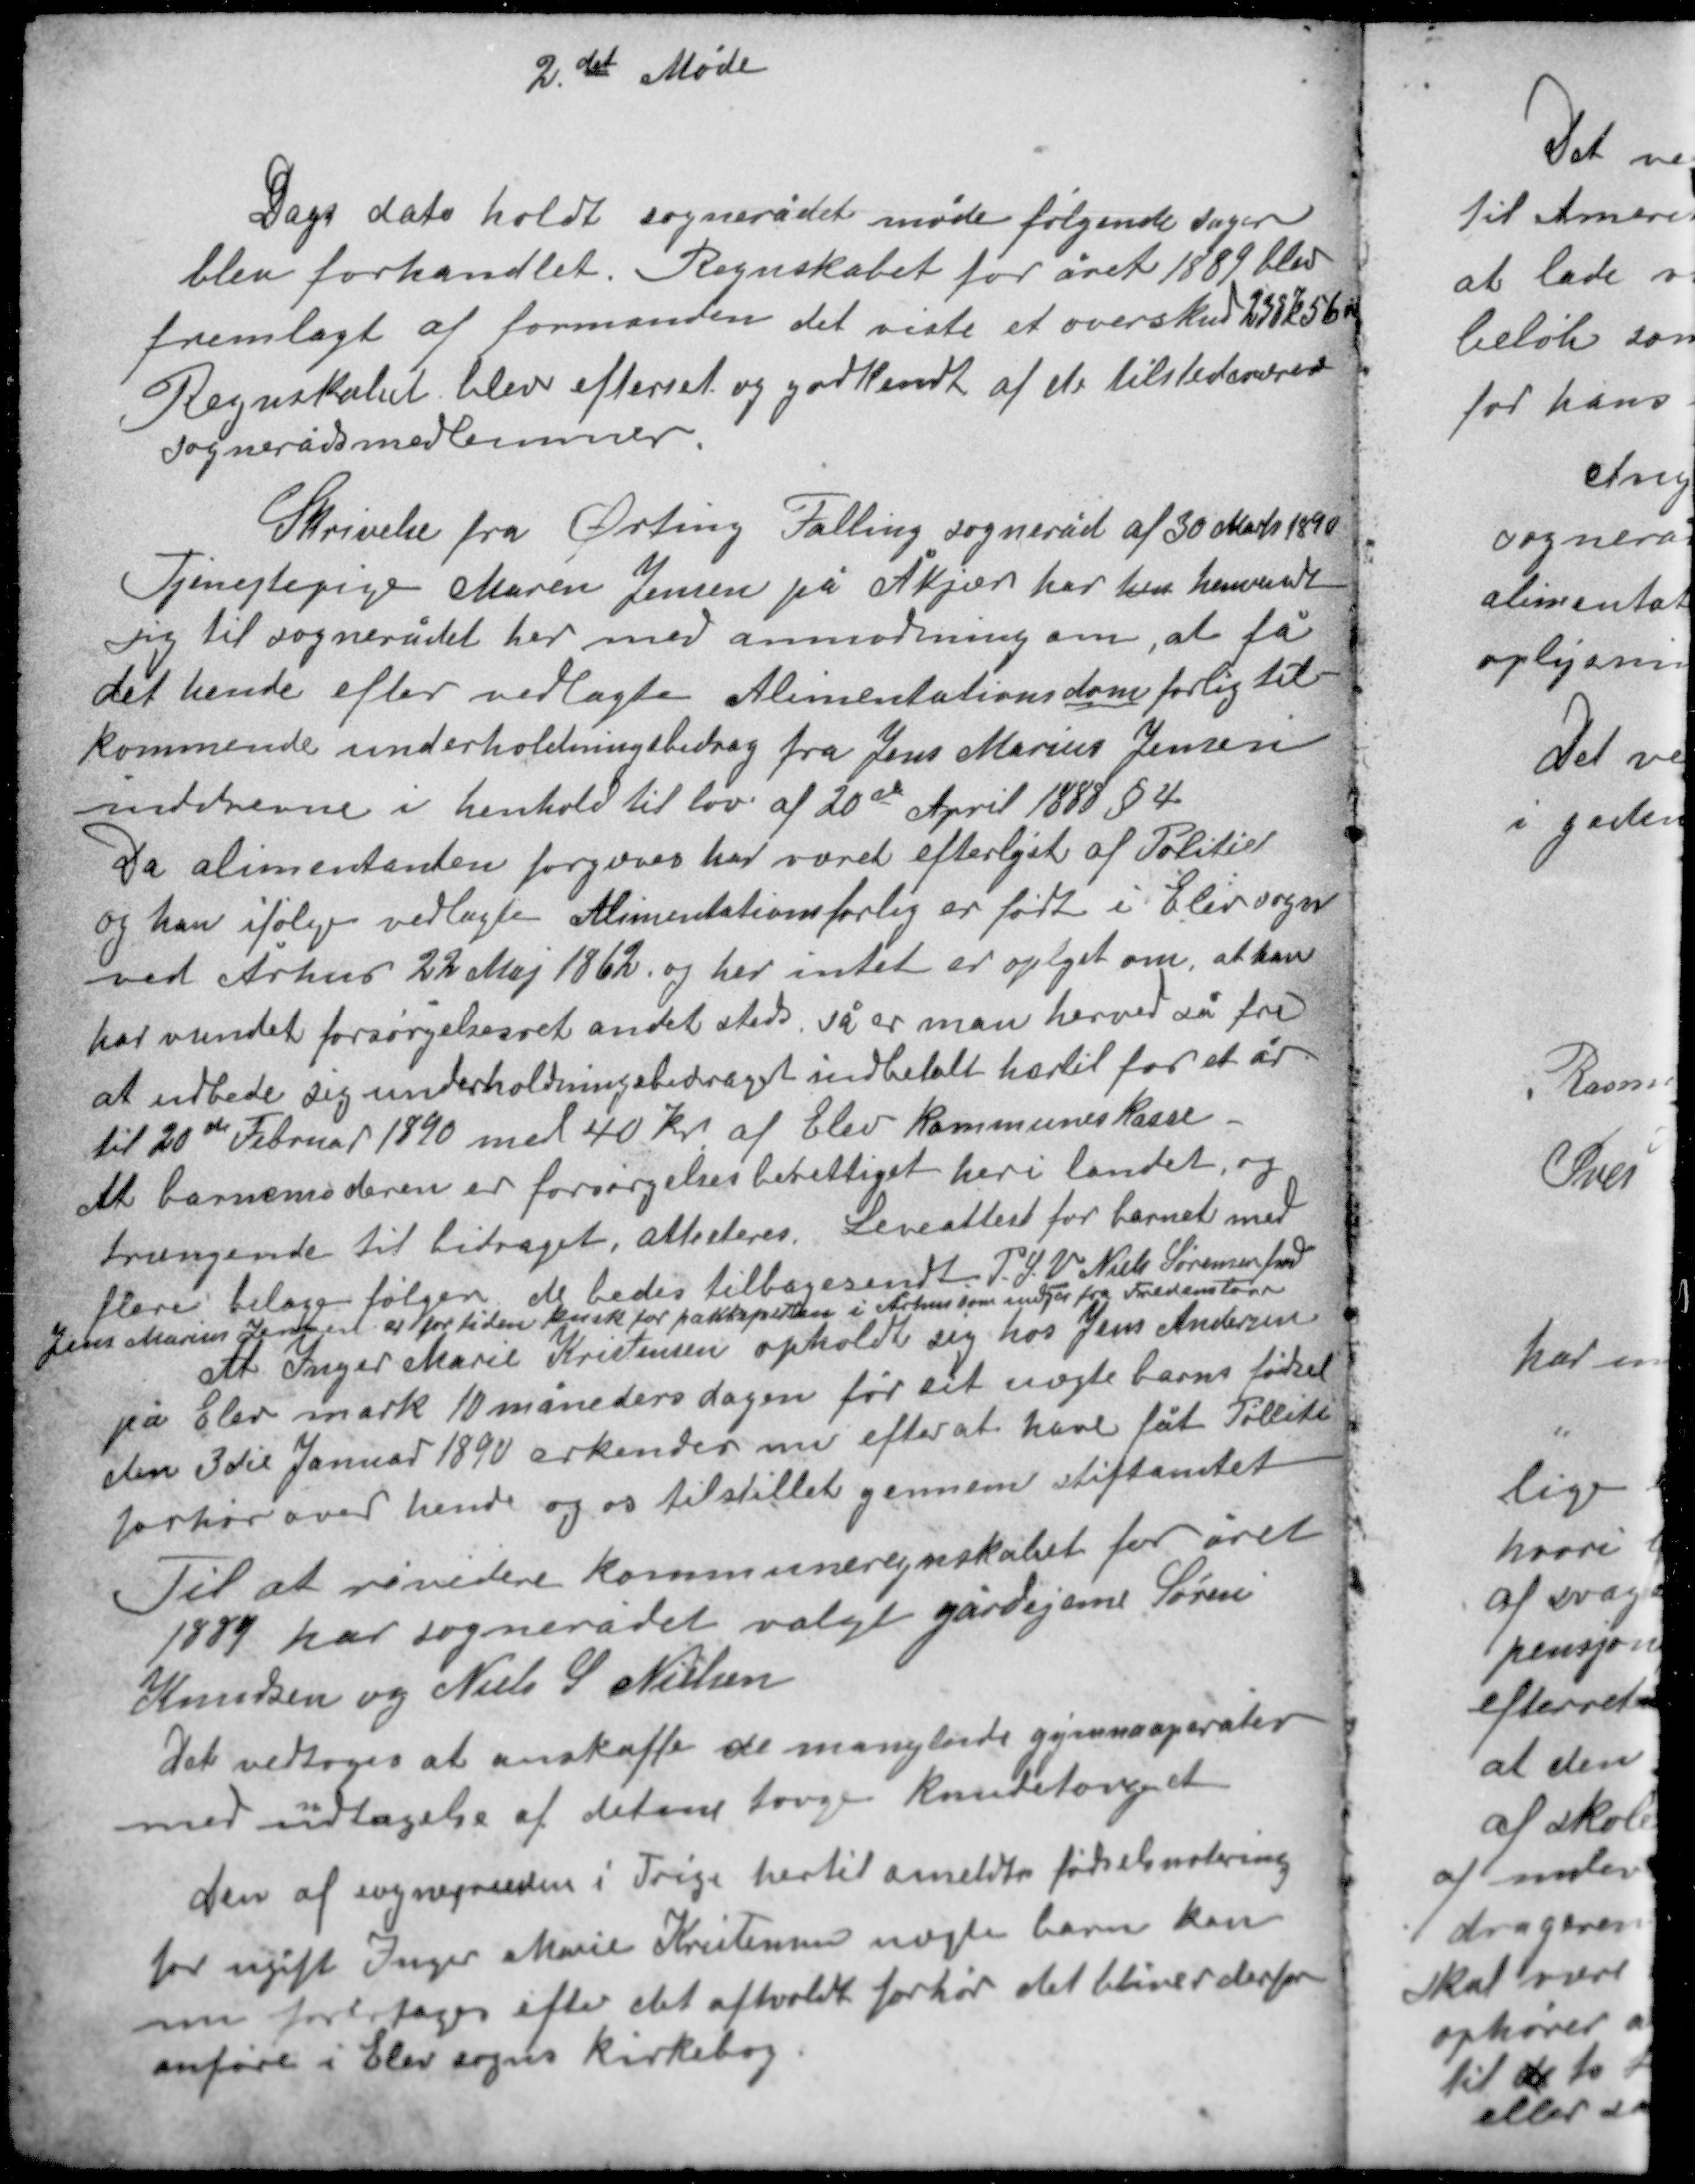
Transskription:
2det Møde

Dags dato holdt sognerådet møde følgende sager
blev forhandlet. Regnskabet for året 1889 blev
fremlagt af formanden det viste et overskud 238 k 56 øre
Regnskabet blev efterset og godkendt af de tilstedeværende
sognerådsmedlemmer.

Skrivelse fra Ørting Falling sogneråd af 30 Marts 1890
Tjenestepige Maren Jensen på Åkjær har hen henvendt
sig til sognerådet her med anmodning om, at få
det hende efter vedlagte Alimentationsdom forlig til-
kommende underholdningsbidrag fra Jens Marius Jensen
inddrevne i henhold til lov af 20de April 1888 § 4
Da alimentanten forgæves har været efterlyst af Politiet
og han ifølge vedlagte Alimentationsforlig er født i Elev sogn
ved Århus 22 Maj 1862 og her intet er oplyst om at han
har vundet forsørgelsesret andet sted så er man herved så fri
at udbede sig underholdningsbidraget indbetalt hertil for et år
til 20de Februar 1890 med 40 kr af Elev kommunes kasse.
At barnemoderen er forsørgelsesberettiget her i landet og

trængende til bidraget attesteres. Leveattest for barnet med
flere bilage følger de bedes tilbagesendt P.S.V. Niels Sørensen fmd.
Jens Marius Jensen er for tiden kusk for pakkeposten i Århus som udgår fra Fredenstorv
At Inger Marie Kristensen opholdte sig hos Jens Andersen
på Elev mark 10 måneders dagen før sit uægte barns fødsel
den 3die Januar 1890 erkender nu efter at have fåt Tillite
forhør over hende og os tilstillet gennem stiftamtet
Til at revidere kommuneregnskabet for året
1889 har sognerådet valgt gårdejerne Søren
Knudsen og Niels S. Nielsen

Det vedtoges at anskaffe de manglende gymnaaparater
med undtagelse af det ene tovge knudetovejet
Den af sognepræstens i Trige hertil anmeldte fødselsnotering
for ugifte Inger Marie Kristensens uægte barn kan
nu foretages efter det afholdte forhør det bliver derfor
anført i Elev sogns kirkebog.